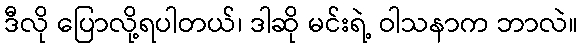
ဒီလို ပြောလို့ရပါတယ်၊ ဒါဆို မင်းရဲ့ ဝါသနာက ဘာလဲ။